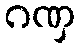
ဂဏှ